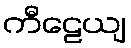
ကီဠေယျ